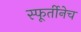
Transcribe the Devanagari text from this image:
स्फूर्तीनेच